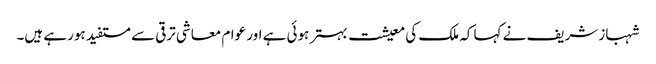
شہباز شریف نے کہا کہ ملک کی معیشت بہتر ہوئی ہے اور عوام معاشی ترقی سے مستفید ہورہے ہیں۔